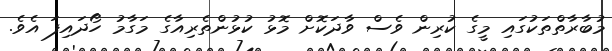
މުބާރާތްތަކުގައި މީގެ ކުރިން ވެސް ވާދަކޮށް މޮޅު ކުޅުންތެރިއާގެ މަގާމު ހޯދައިފަ އެވެ.